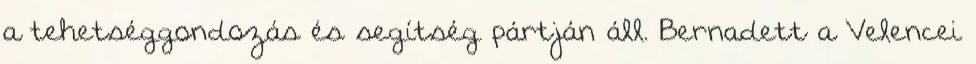
a tehetséggondozás és segítség pártján áll. Bernadett a Velencei